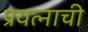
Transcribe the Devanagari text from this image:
प्रयत्नाची